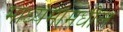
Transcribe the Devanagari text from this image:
माध्यमांमधील